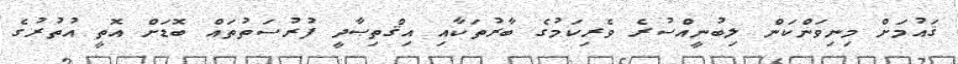
ޤައުމަށް މިނިވަންކަން ލިބުނީއްސުރެ ވެރިކަމުގެ ބާރުތަކާއި އިޤްތިޞާދީ ފުރުސަތުތައް ބޮޑަށް އޮތީ އުތުރުގެ